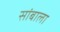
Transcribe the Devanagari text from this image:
सांबाला